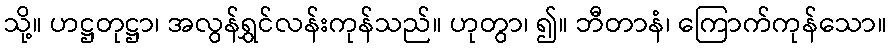
သို့။ ဟဋ္ဌတုဋ္ဌာ၊ အလွန်ရွှင်လန်းကုန်သည်။ ဟုတွာ၊ ၍။ ဘီတာနံ၊ ကြောက်ကုန်သော။